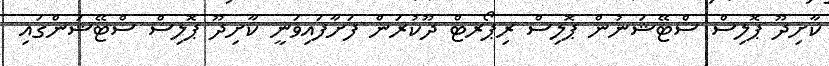
ކާށިދޫ ޕޮލިސް ސްޓޭޝަނުން ޕޮލިސް ރިޕޯރޓް ދޫކުރަން ފަށާފައިވަނީ ކާށިދޫ ޕޮލިސް ސްޓޭޝަންގައި